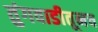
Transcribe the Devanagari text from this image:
तुंगवाडीतूनच